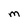
Character: M